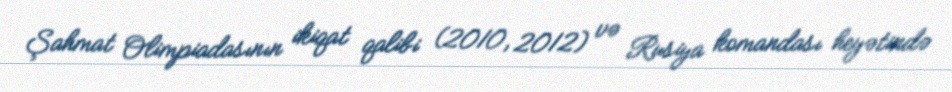
Şahmat Olimpiadasının ikiqat qalibi (2010, 2012) və Rusiya komandası heyətində